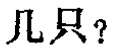
几只？